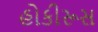
હોકીરૂસ